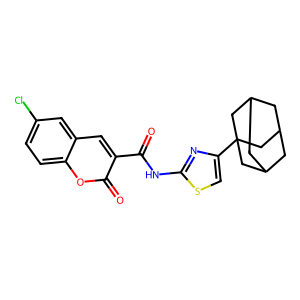
SMILES: O=C(Nc1nc(C23CC4CC(CC(C4)C2)C3)cs1)c1cc2cc(Cl)ccc2oc1=O
Inhibits HIV replication: No